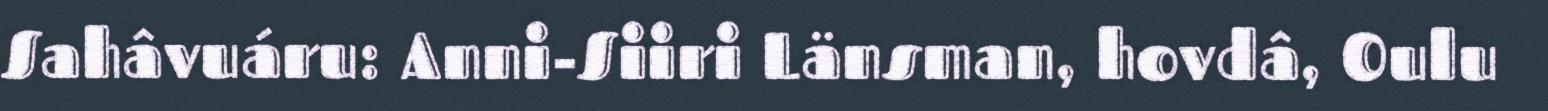
Sahâvuáru: Anni-Siiri Länsman, hovdâ, Oulu